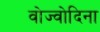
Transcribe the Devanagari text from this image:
वोज्वोदिना